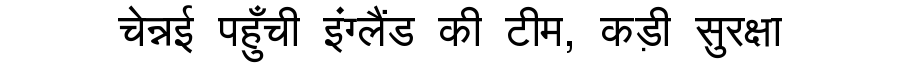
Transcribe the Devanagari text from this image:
चेन्नई पहुँची इंग्लैंड की टीम, कड़ी सुरक्षा